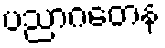
ပညာဂတေန